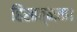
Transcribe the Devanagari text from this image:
हिंसात्मक।